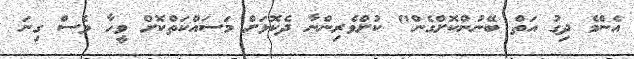
އެންމެ ދިގު އަތް ބޭނުންކޮށްގެން" ކުށްވެރިންނާ ދެކޮޅަށް މަސައްކަތްކޮށް ވީހާ ވެސް ގިނަ